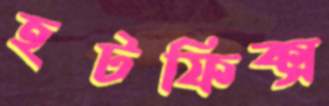
হটফিক্স